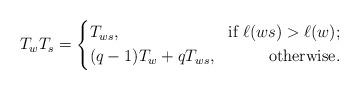
LaTeX: \begin{align*}T_wT_s=\left\{\begin{aligned} &T_{ws},&\mbox{if } \ell(ws)>\ell(w);\\&(q-1)T_w+q T_{ws}, &\mbox{otherwise}.\end{aligned}\right.\end{align*}